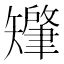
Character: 𬑷